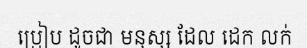
ប្រៀប ដូចជា មនុស្ស ដែល ដេក លក់